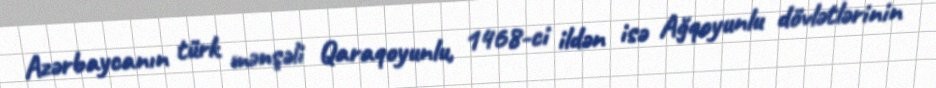
Azərbaycanın türk mənşəli Qaraqoyunlu, 1468-ci ildən isə Ağqoyunlu dövlətlərinin